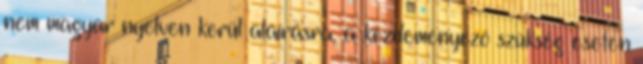
nem magyar nyelven kerül aláírásra, a kezdeményező szükség esetén